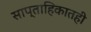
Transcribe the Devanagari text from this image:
साप्ताहिकातही